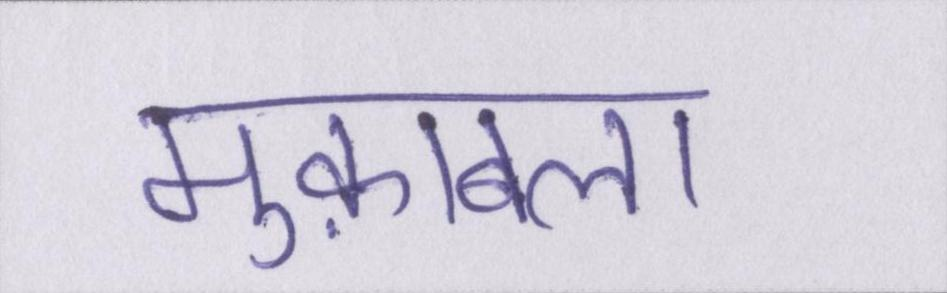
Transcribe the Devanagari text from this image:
मुक़ाबला